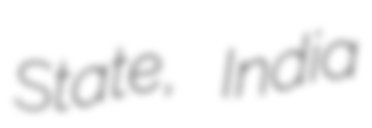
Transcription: State, India